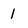
Character: I